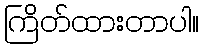
ကြိတ်ထားတာပါ။